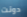
دونت